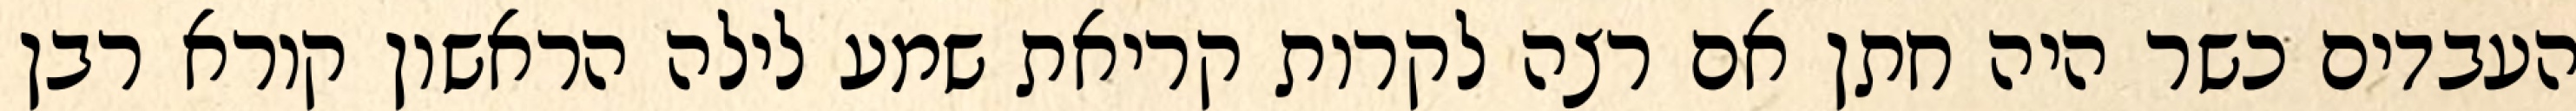
העבדים כשר היה חתן אם רצה לקרות קריאת שמע לילה הראשון קורא רבן